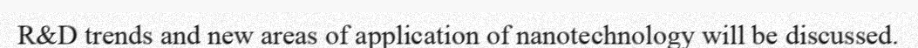
R&D trends and new areas of application of nanotechnology will be discussed.